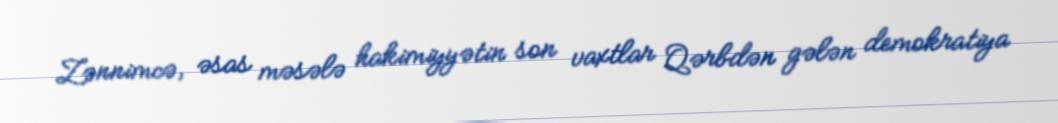
Zənnimcə, əsas məsələ hakimiyyətin son vaxtlar Qərbdən gələn demokratiya